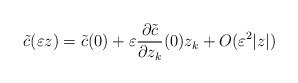
\begin{align*}\tilde{c}(\varepsilon z)=\tilde{c}(0)+\varepsilon\frac{\partial\tilde{c}}{\partial z_{k}}(0)z_{k}+O(\varepsilon^{2}|z|)\end{align*}